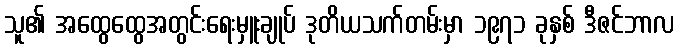
သူ၏ အထွေထွေအတွင်းရေးမှူးချုပ် ဒုတိယသက်တမ်းမှာ ၁၉၇၁ ခုနှစ် ဒီဇင်ဘာလ